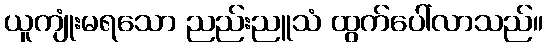
ယူကျုံးမရသော ညည်းညူသံ ထွက်ပေါ်လာသည်။